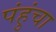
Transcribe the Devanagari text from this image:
पंहुंचा